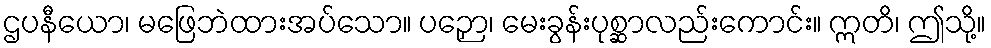
ဌပနီယော၊ မဖြေဘဲထားအပ်သော။ ပဉှော၊ မေးခွန်းပုစ္ဆာလည်းကောင်း။ ဣတိ၊ ဤသို့။